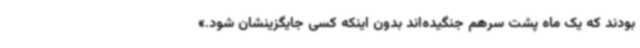
بودند که یک ماه پشت سرهم جنگیده‌اند بدون اینکه کسی جایگزینشان شود.»